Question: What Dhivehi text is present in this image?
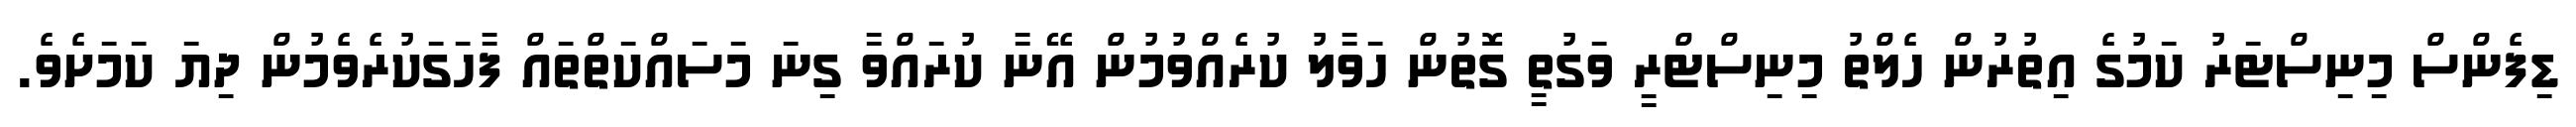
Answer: ޑިފެންސް މިނިސްޓަރު ކަމުގެ އިތުރުން ހެލްތު މިނިސްޓްރީ ވަގުތީ ގޮތުން ހަވާލު ކުރެއްވުމުން އޭނާ ކުރައްވާ ގިނަ މަސައްކަތްތައް ފާހަގަކުރެވެމުން ދިޔަ ކަމަށެވެ.